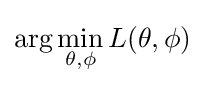
\arg \min _{\theta ,\phi }L(\theta ,\phi )